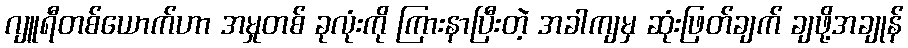
ဂျူရီတစ်ယောက်ဟာ အမှုတစ် ခုလုံးကို ကြားနာပြီးတဲ့ အခါကျမှ ဆုံးဖြတ်ချက် ချဖို့အချုန်